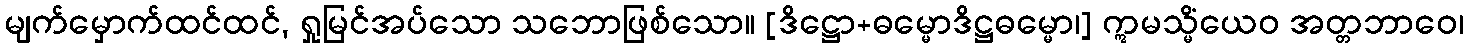
မျက်မှောက်ထင်ထင်, ရှုမြင်အပ်သော သဘောဖြစ်သော။ [ဒိဋ္ဌော+ဓမ္မောဒိဋ္ဌဓမ္မော၊] ဣမသ္မိံယေဝ အတ္တဘာဝေ၊